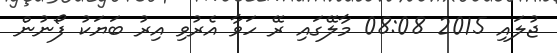
ޖުލައި 2015 08:08 މާލޭގައި ރޭ ހަވާ އެރުވި އިރު ބަޔަކު ފޯނުން